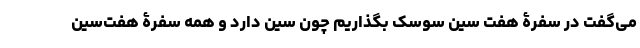
می‌گفت در سفرۀ هفت سین سوسک بگذاریم چون سین دارد و همه سفرۀ هفت‌سین